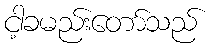
ငါ့ခမည်းတော်သည်